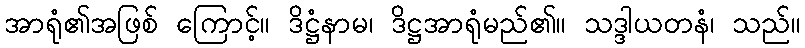
အာရုံ၏အဖြစ် ကြောင့်။ ဒိဋ္ဌံနာမ၊ ဒိဋ္ဌအာရုံမည်၏။ သဒ္ဒါယတနံ၊ သည်။